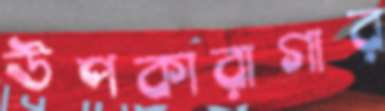
উপকারাগার